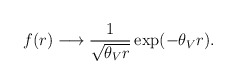
\begin{align*}f(r)\longrightarrow\frac{1}{\sqrt{\theta_{V}r}}\exp(-\theta_{V} r).\end{align*}